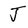
Character: J